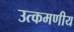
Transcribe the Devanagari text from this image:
उत्कमणीय